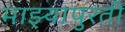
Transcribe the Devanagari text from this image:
माझ्यापुरती